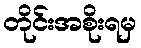
တိုင်းအစိုးရမှ